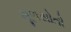
મૂળસોતો